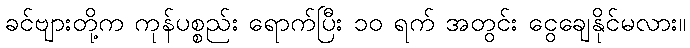
ခင်ဗျားတို့က ကုန်ပစ္စည်း ရောက်ပြီး ၁၀ ရက် အတွင်း ငွေချေနိုင်မလား။